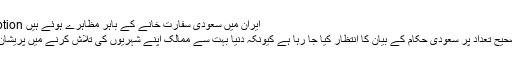
Image caption ایران میں سعودی سفارت خانے کے باہر مظاہرے ہوئے ہیں
ہلاکتوں کی صحیح تعداد پر سعودی حکام کے بیان کا انتظار کیا جا رہا ہے کیونکہ دنیا بہت سے ممالک اپنے شہریوں کی تلاش کرنے میں پریشان کا سامنا ہے۔